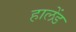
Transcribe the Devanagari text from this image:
हालेंड